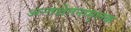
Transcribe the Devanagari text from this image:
अन्तश्चेतनामूलक